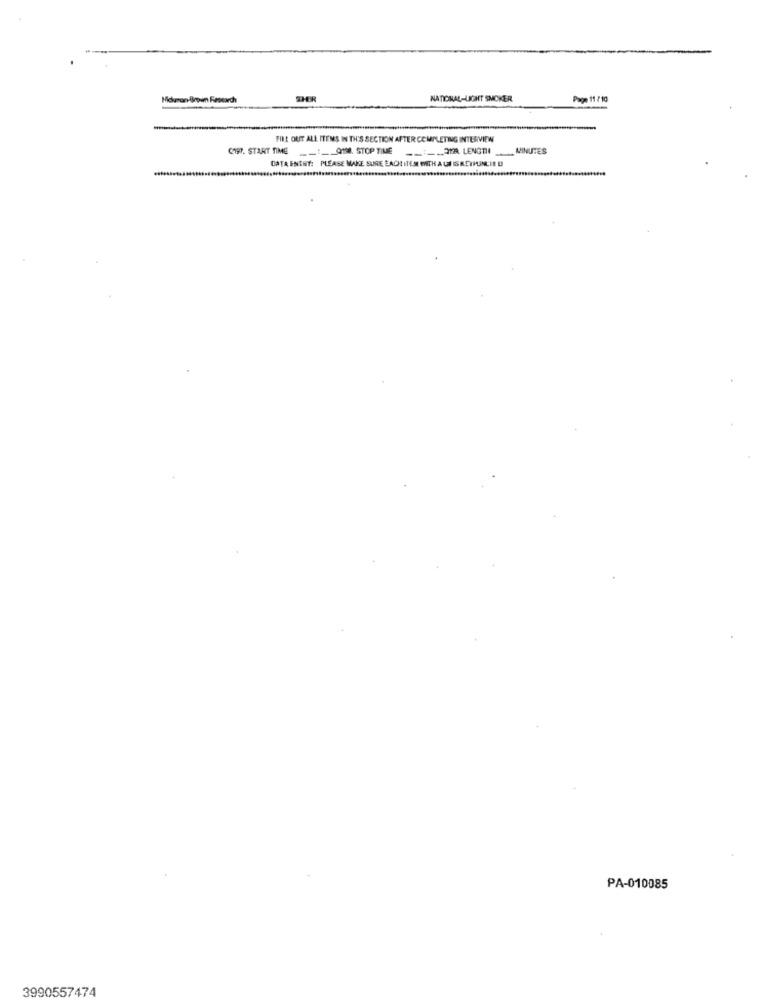
Meuron Brpim Research
SHER
NATIONAL-LIGHT SMOKER
Page 11 /10
FILL OUT ALL ITEMS IN THIS SECTION AFTER COMPLETING INTERVIEW
Q197. START TIME
:QT STOP TIME
OUR LENGTH
MINUTES
DATA ENTRY: PLEASE MAKE SURE BACH
PA-010085
3990557474